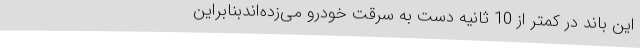
این باند در کمتر از 10 ثانیه دست به سرقت خودرو ‌می‌زده‌اندبنابراین